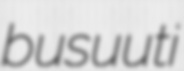
busuuti